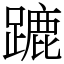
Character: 蹗